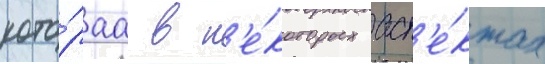
кото́раа в н'е́которых асп'е́ктах